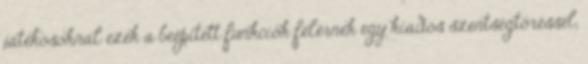
játékosoknál ezek a beépített funkciók felérnek egy kiadós szentségtöréssel,